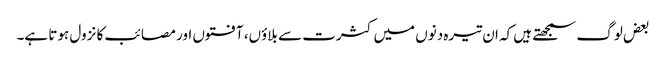
بعض لوگ سمجھتے ہیں کہ ان تیرہ دنوں میں کثرت سے بلاوٴں، آفتوں اور مصائب کا نزول ہوتا ہے۔